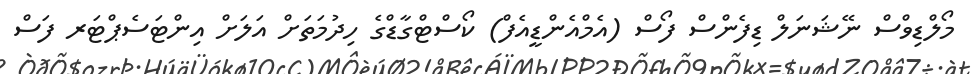
މޯލްޑިވްސް ނޭޝަނަލް ޑިފެންސް ފޯސް (އެމްއެންޑީއެފް) ކޯސްޓްގާޑްގެ ހިދުމަތަށް އަލަށް އިންޓަސެޕްޓަރ ފަސް